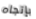
بإتجاه